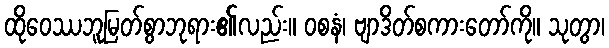
ထိုဝေဿဘူမြတ်စွာဘုရား၏လည်း။ ဝစနံ၊ ဗျာဒိတ်စကားတော်ကို။ သုတွာ၊